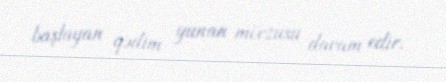
başlayan qədim yunan mövzusu davam edir.